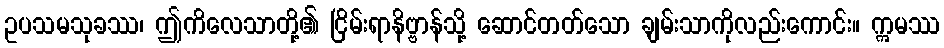
ဥပသမသုခဿ၊ ဤကိလေသာတို့၏ ငြိမ်းရာနိဗ္ဗာန်သို့ ဆောင်တတ်သော ချမ်းသာကိုလည်းကောင်း။ ဣမဿ